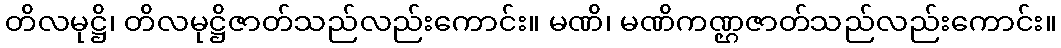
တိလမုဋ္ဌိ၊ တိလမုဋ္ဌိဇာတ်သည်လည်းကောင်း။ မဏိ၊ မဏိကဏ္ဌဇာတ်သည်လည်းကောင်း။